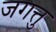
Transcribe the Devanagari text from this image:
जगत्तु